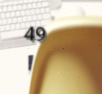
49